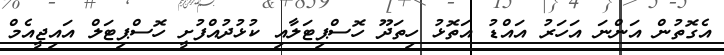
އެގޮތުން އަންނަ އަހަރު އައްޑު އަތޮޅު ހިތަދޫ ހޮސްޕިޓަލާއި ކުޅުދުއްފުށީ ހޮސްޕިޓަލް އައިޖީއެމް